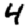
Digit: 4